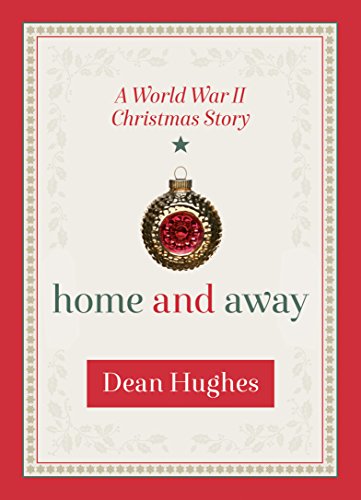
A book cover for Home and Away: A World War II Christmas Story; Dean Hughes; Literature & Fiction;